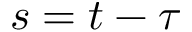
s = t - \tau